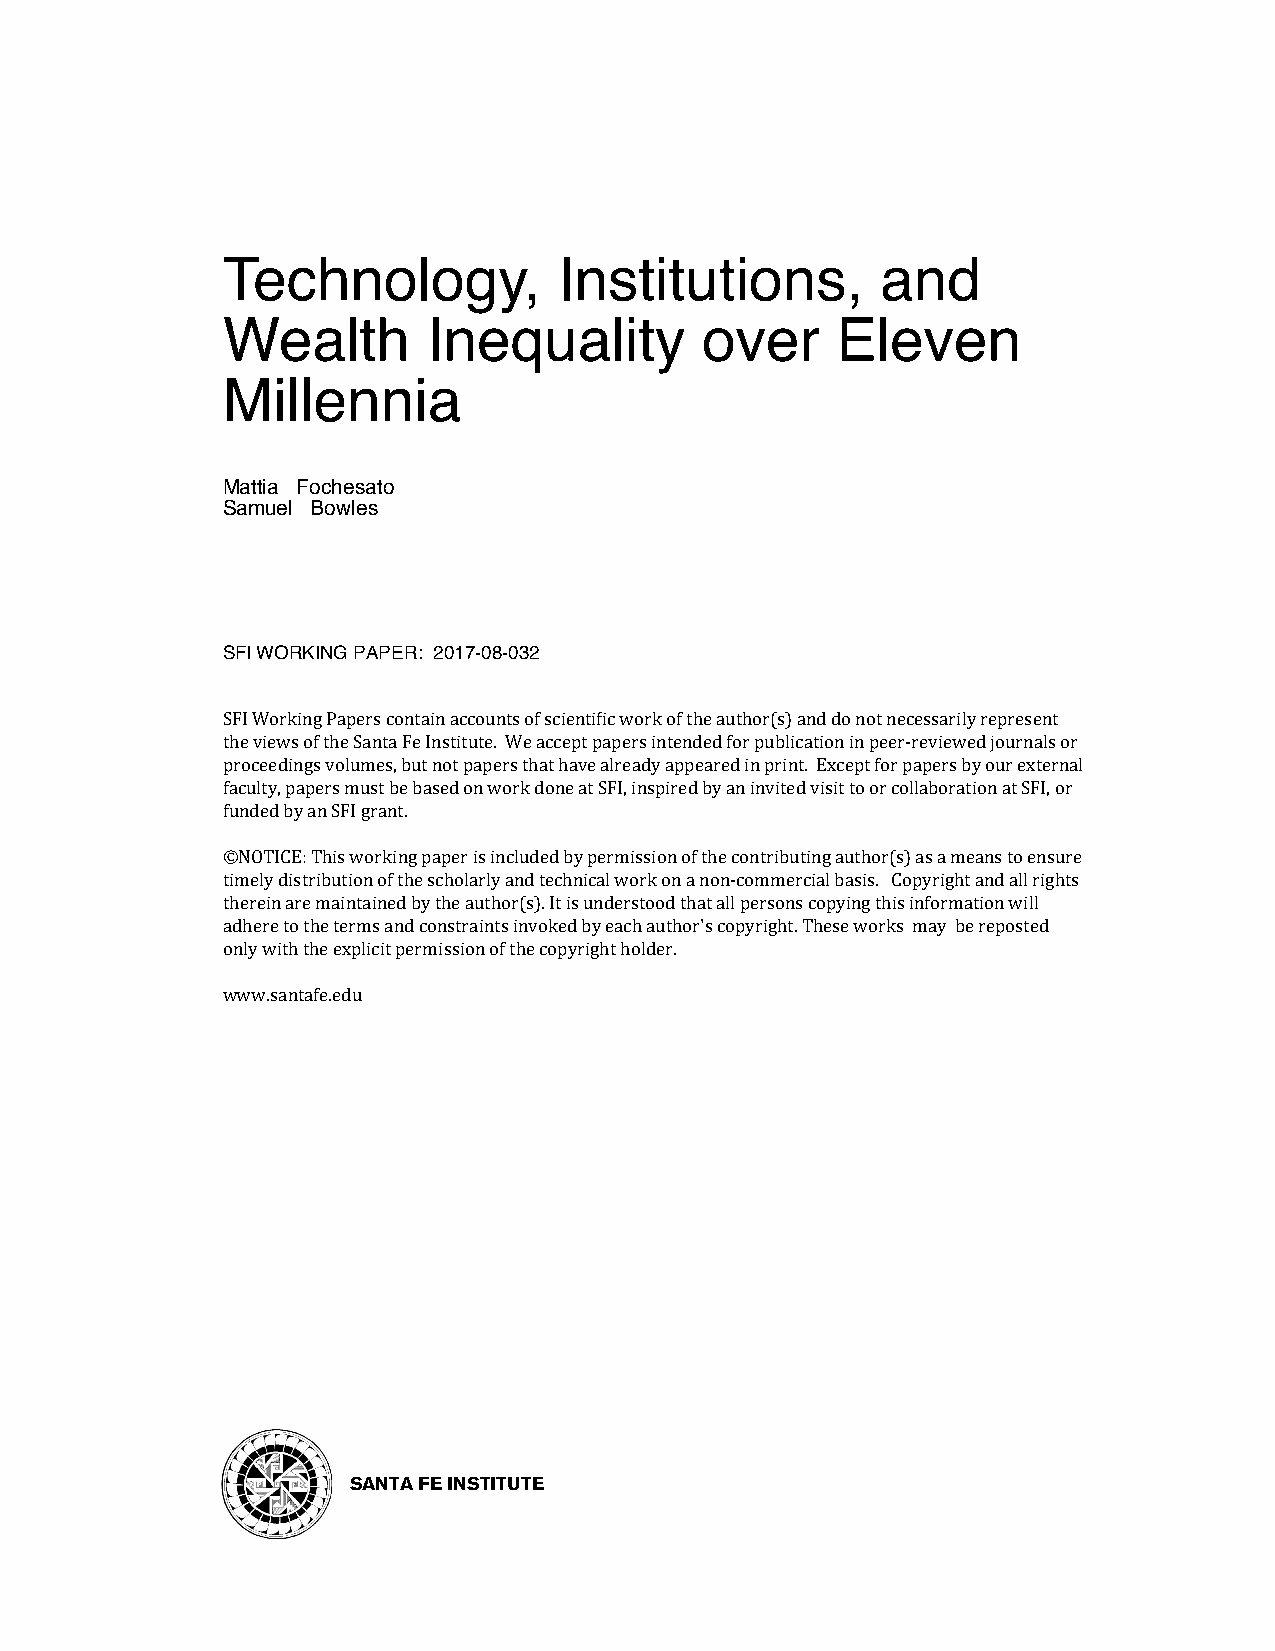
Technology,           Institutions,        and
 Wealth       Inequality        over     Eleven
 Millennia
 Mattia Fochesato
 Samuel Bowles
 SFI WORKING PAPER: 2017-08-032
 SFI Working Papers contain accounts of scienti5ic work of the author(s) and do not necessarily represent
 the views of the Santa Fe Institute. We accept papers intended for publication in peer-reviewed journals or
 proceedings volumes, but not papers that have already appeared in print. Except for papers by our external
 faculty, papers must be based on work done at SFI, inspired by an invited visit to or collaboration at SFI, or
 funded by an SFI grant.
 ©NOTICE: This working paper is included by permission of the contributing author(s) as a means to ensure
 timely distribution of the scholarly and technical work on a non-commercial basis. Copyright and all rights
 therein are maintained by the author(s). It is understood that all persons copying this information will
 adhere to the terms and constraints invoked by each author's copyright. These works may be reposted
 only with the explicit permission of the copyright holder.
 www.santafe.edu
 SANTA FE INSTITUTE